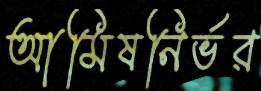
আমিষনির্ভর